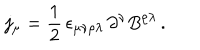
j _ { \mu } = \frac { 1 } { 2 } \, \epsilon _ { \mu \nu \rho \lambda } \, \partial ^ { \nu } B ^ { \rho \lambda } \, .